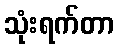
သုံးရက်တာ